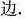
边.